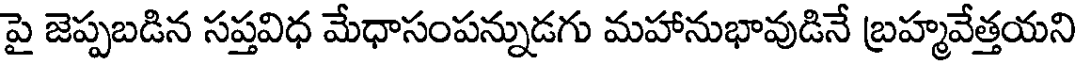
పై జెప్పబడిన సప్తవిధ మేధాసంపన్నుడగు మహానుభావుడినే బ్రహ్మవేత్తయని